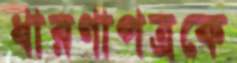
ধারণাপত্রকে